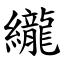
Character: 䌬